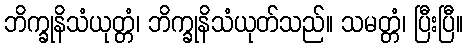
ဘိက္ခုနိသံယုတ္တံ၊ ဘိက္ခုနိသံယုတ်သည်။ သမတ္တံ၊ ပြီးပြီ။